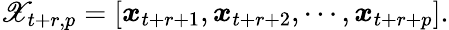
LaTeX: \mathscr X_{t+r,p}=\left[\begin{array}{l}{\boldsymbol x_{t+r+1},\boldsymbol x_{t+r+2},\cdots,\boldsymbol x_{t+r+p}}\end{array}\right].